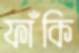
ফাঁকি